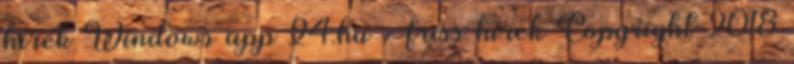
hírek Windows app 24.hu - friss hírek Copyright 2018